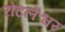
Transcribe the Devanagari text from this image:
रोटलेश्वर